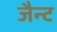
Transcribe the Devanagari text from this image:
जैन्ट